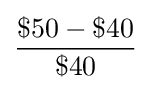
{\frac {\$50-\$40}{\$40}}